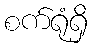
စက်ရုံရှိ